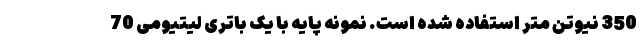
350 نیوتن متر استفاده شده است. نمونه پایه با یک باتری لیتیومی 70